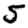
Digit: 5